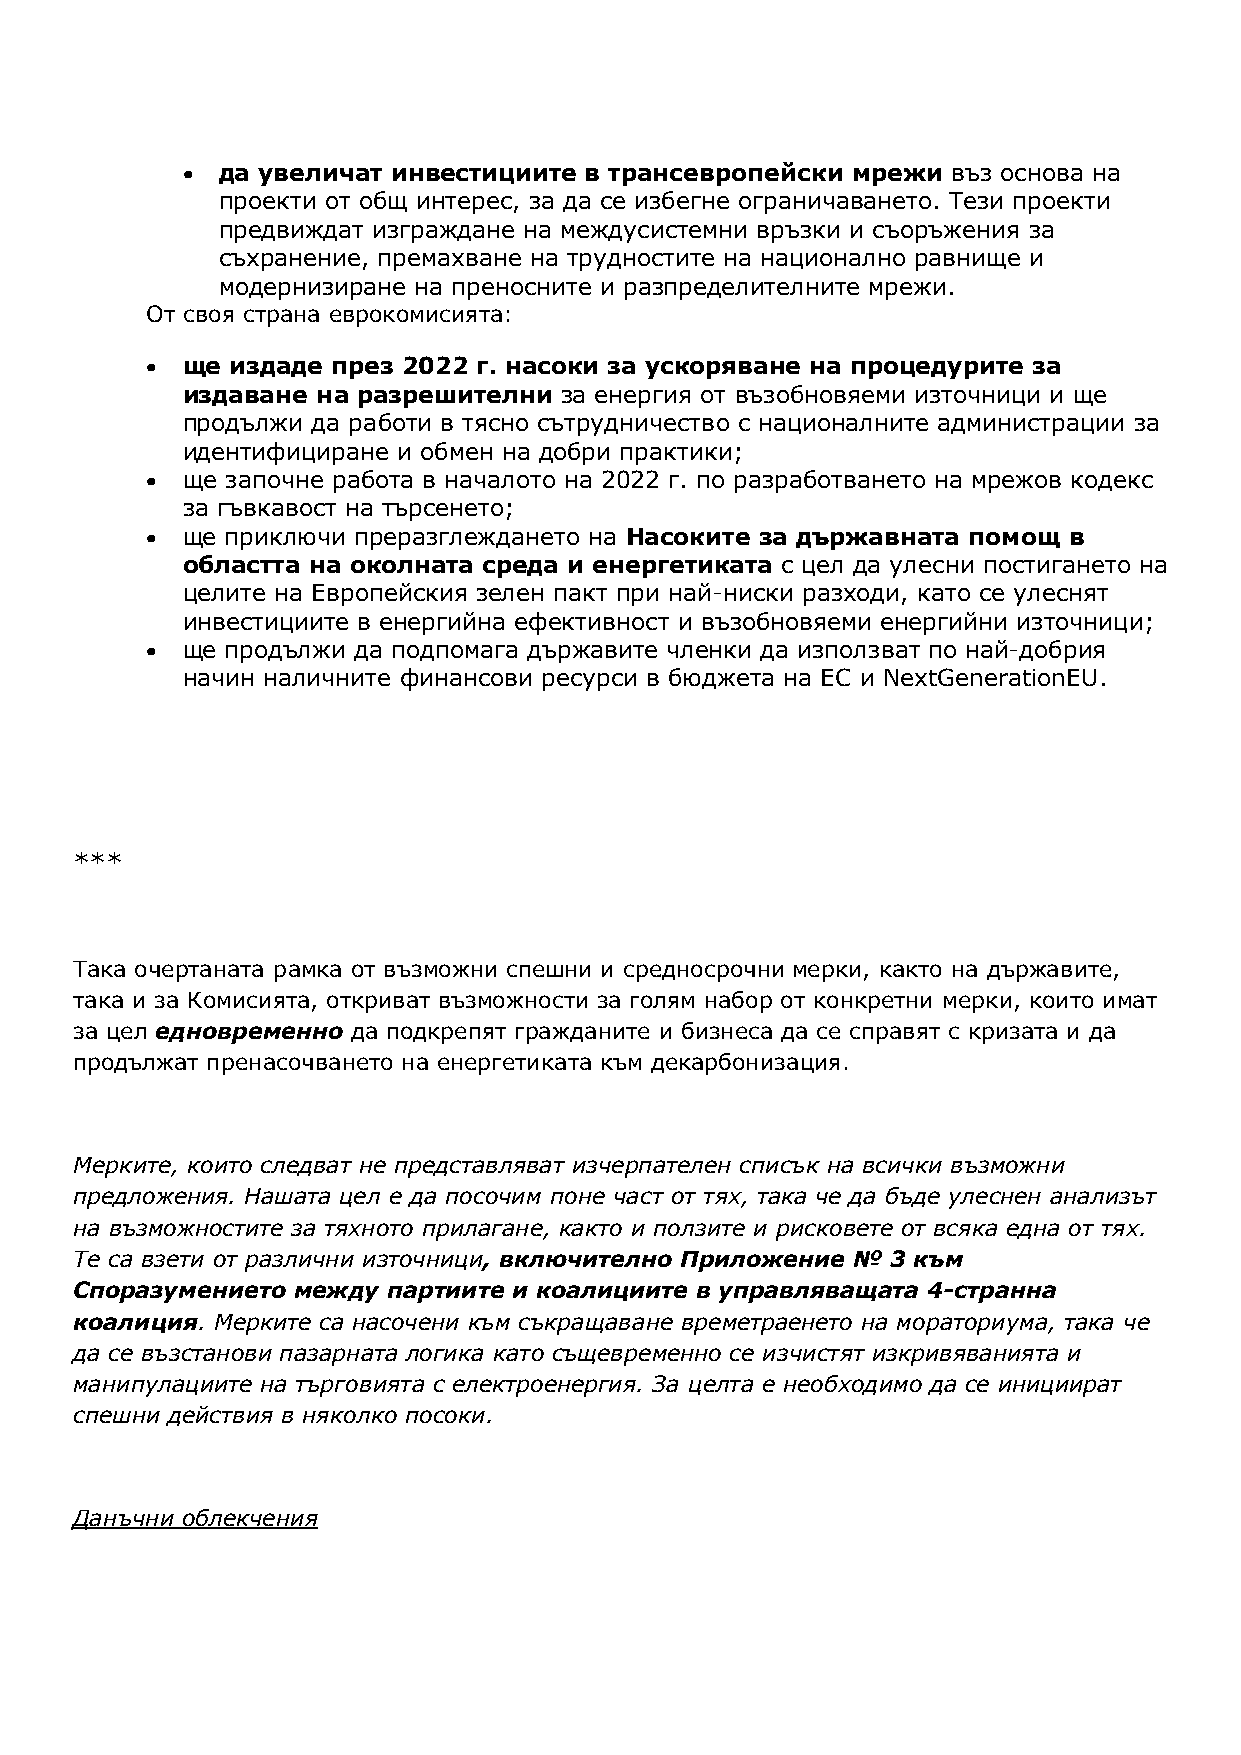
 да увеличат инвестициите в трансевропейски мрежи въз основа на
 проекти от общ интерес, за да се избегне ограничаването. Тези проекти
 предвиждат изграждане на междусистемни връзки и съоръжения за
 съхранение, премахване на трудностите на национално равнище и
 модернизиране на преносните и разпределителните мрежи.
 От своя страна еврокомисията:
  ще издаде през 2022 г. насоки за ускоряване на процедурите за
 издаване на разрешителни за енергия от възобновяеми източници и ще
 продължи да работи в тясно сътрудничество с националните администрации за
 идентифициране и обмен на добри практики;
  ще започне работа в началото на 2022 г. по разработването на мрежов кодекс
 за гъвкавост на търсенето;
  ще приключи преразглеждането на Насоките за държавната помощ в
 областта на околната среда и енергетиката с цел да улесни постигането на
 целите на Европейския зелен пакт при най-ниски разходи, като се улеснят
 инвестициите в енергийна ефективност и възобновяеми енергийни източници;
  ще продължи да подпомага държавите членки да използват по най-добрия
 начин наличните финансови ресурси в бюджета на ЕС и NextGenerationEU.
 ***
 Така очертаната рамка от възможни спешни и средносрочни мерки, както на държавите,
 така и за Комисията, откриват възможности за голям набор от конкретни мерки, които имат
 за цел едновременно да подкрепят гражданите и бизнеса да се справят с кризата и да
 продължат пренасочването на енергетиката към декарбонизация.
 Мерките, които следват не представляват изчерпателен списък на всички възможни
 предложения. Нашата цел е да посочим поне част от тях, така че да бъде улеснен анализът
 на възможностите за тяхното прилагане, както и ползите и рисковете от всяка една от тях.
 Те са взети от различни източници, включително Приложение № 3 към
 Споразумението между партиите и коалициите в управляващата 4-странна
 коалиция. Мерките са насочени към съкращаване времетраенето на мораториума, така че
 да се възстанови пазарната логика като същевременно се изчистят изкривяванията и
 манипулациите на търговията с електроенергия. За целта е необходимо да се инициират
 спешни действия в няколко посоки.
 Данъчни облекчения